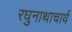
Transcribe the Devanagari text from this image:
रघुनाथाचार्य